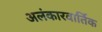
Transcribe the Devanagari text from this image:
अलंकारवार्तिक